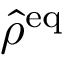
\hat { \rho } ^ { \mathrm { e q } }